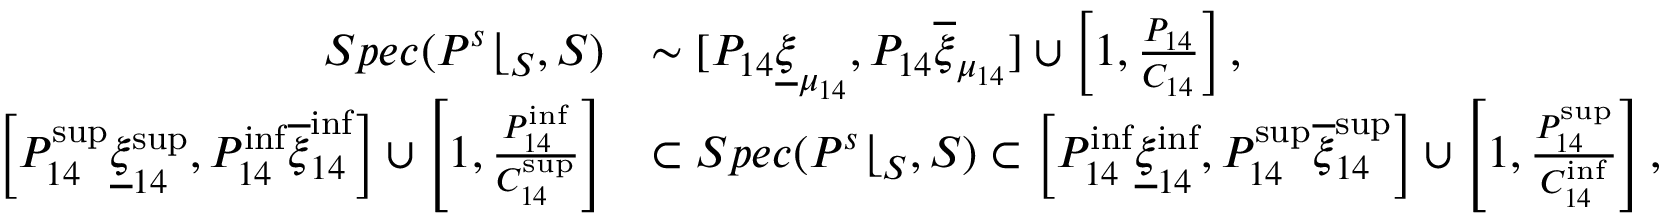
\begin{array} { r l } { S p e c ( P ^ { s } \lfloor _ { S } , S ) } & { \sim \lbrack P _ { 1 4 } \underline { { \xi } } _ { \mu _ { 1 4 } } , P _ { 1 4 } \overline { { \xi } } _ { \mu _ { 1 4 } } ] \cup \left[ 1 , \frac { P _ { 1 4 } } { C _ { 1 4 } } \right] , } \\ { \left[ P _ { 1 4 } ^ { \operatorname* { s u p } } \underline { { \xi } } _ { 1 4 } ^ { \operatorname* { s u p } } , P _ { 1 4 } ^ { \operatorname* { i n f } } \overline { { \xi } } _ { 1 4 } ^ { \operatorname* { i n f } } \right] \cup \left[ 1 , \frac { P _ { 1 4 } ^ { \operatorname* { i n f } } } { C _ { 1 4 } ^ { \operatorname* { s u p } } } \right] } & { \subset S p e c ( P ^ { s } \lfloor _ { S } , S ) \subset \left[ P _ { 1 4 } ^ { \operatorname* { i n f } } \underline { { \xi } } _ { 1 4 } ^ { \operatorname* { i n f } } , P _ { 1 4 } ^ { \operatorname* { s u p } } \overline { { \xi } } _ { 1 4 } ^ { \operatorname* { s u p } } \right] \cup \left[ 1 , \frac { P _ { 1 4 } ^ { \operatorname* { s u p } } } { C _ { 1 4 } ^ { \operatorname* { i n f } } } \right] , } \end{array}